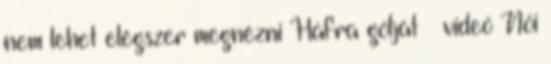
nem lehet elégszer megnézni Háfra gólját – videó Női